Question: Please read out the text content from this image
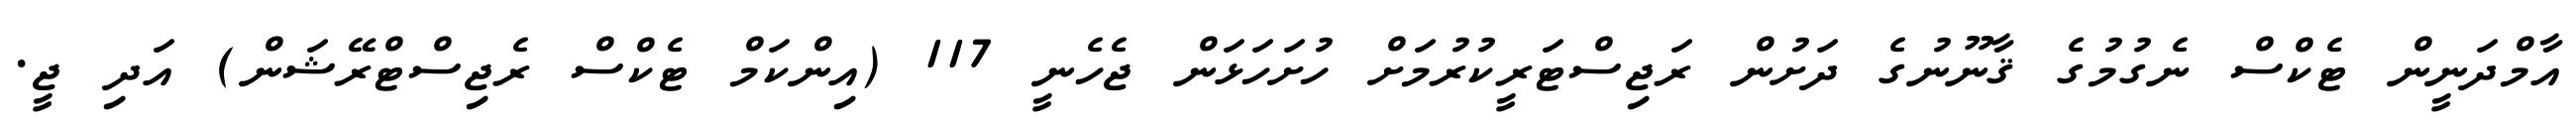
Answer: އާމްދަނީން ޓެކްސް ނެގުމުގެ ޤާނޫނުގެ ދަށުން ރަޖިސްޓަރީކުރުމަށް ހުށަހަޅަން ޖެހެނީ 117 (އިންކަމް ޓެކްސް ރެޖިސްޓްރޭޝަން) އަދި ޖީ.